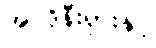
အင်ဒိုနီးရှားနှင့်